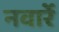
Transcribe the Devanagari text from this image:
नवार्रे